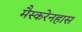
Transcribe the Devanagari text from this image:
मैस्करेनहास